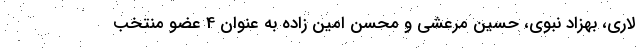
لاری، بهزاد نبوی، حسین مرعشی و محسن امین زاده به عنوان 4 عضو منتخب